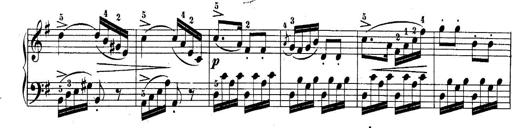
Title: 10 Sonatines progressives
Composer: Anton Schmoll